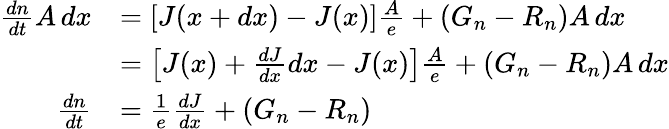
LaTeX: {\begin{array}{rl}{{\frac{dn}{dt}}A\, dx}&{=\left[J(x+dx)-J(x)\right]{\frac{A}{e}}+(G_{n}-R_{n})A\, dx}\\ &{=\left[J(x)+{\frac{dJ}{dx}}dx-J(x)\right]{\frac{A}{e}}+(G_{n}-R_{n})A\, dx}\\ {{\frac{dn}{dt}}}&{={\frac{1}{e}}{\frac{dJ}{dx}}+(G_{n}-R_{n})}\end{array}}